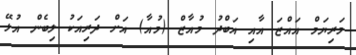
މަރިޔަމް އައްޒަ އާއި އަބްދު މުއާޒް (މުއާ) އަށް ދަރިއަކު ލިބެން އުޅޭ